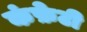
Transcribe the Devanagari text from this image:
कंफ़ेटी